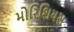
મોરિશિયસ